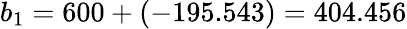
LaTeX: b_{1}=600+(-195.543)=404.456